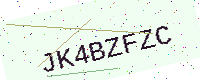
Text: JK4BZFZC